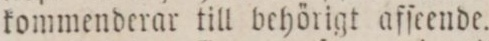
kommenderar till behörigt afſeende.